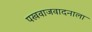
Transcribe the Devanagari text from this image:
पखवाजवादनाला